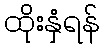
ထိုးနှံရန်